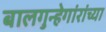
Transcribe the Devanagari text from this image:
बालगुन्हेगांरांच्या